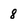
Character: 8